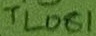
Text: TL081